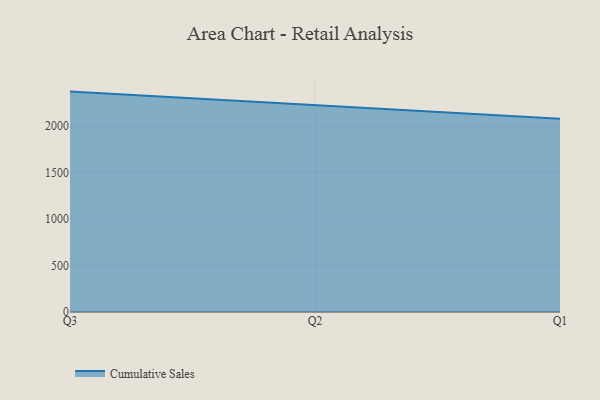
{"axis": {"x": "Quarter", "y": "Customer Acquisition Cost (USD)"}, "legend": ["Cumulative Sales"], "data": [{"x": "Q3", "y": 2370.0, "type": "Cumulative Sales"}, {"x": "Q2", "y": 2221.9, "type": "Cumulative Sales"}, {"x": "Q1", "y": 2079.0, "type": "Cumulative Sales"}]}